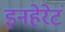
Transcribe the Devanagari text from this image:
इनहेरेटं